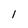
Character: 1